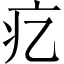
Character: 𤴥